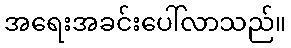
အရေးအခင်းပေါ်လာသည်။